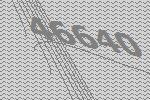
46640